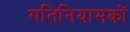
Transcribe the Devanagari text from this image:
गतिनियामकों